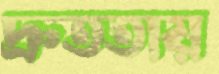
দ্রুততায়